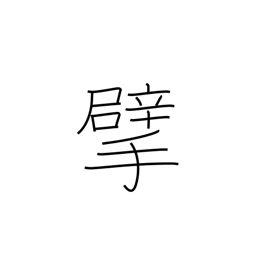
Meaning: tear up